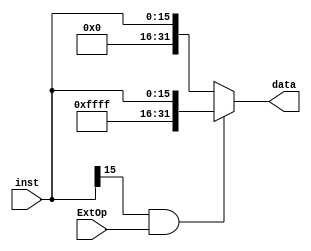
`timescale 1ns / 1ps
module signext(
input [15:0] inst, // 16
input  ExtOp,
output [31:0] data // 32
);
// 
 //  116116'h ffff
// 0160
 assign data= inst[15:15]&ExtOp?{16'hffff,inst}:{16'h0000,inst}; 
endmodule